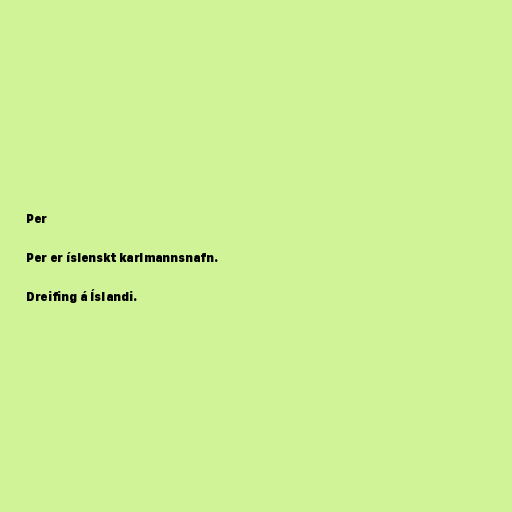
Per

Per er íslenskt karlmannsnafn.

Dreifing á Íslandi.